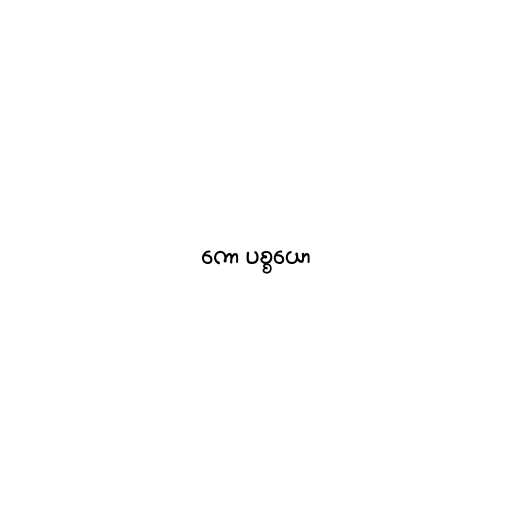
ကော ပစ္စယော